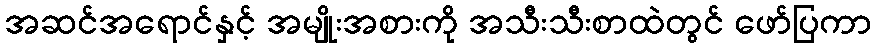
အဆင်အရောင်နှင့် အမျိုးအစားကို အသီးသီးစာထဲတွင် ဖော်ပြကာ